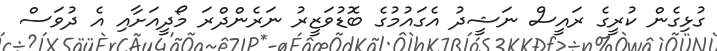
ގުޅިގެން ކުރީގެ ރައީސް ނަޝީދު އެގައުމުގެ ބޮޑުވަޒީރު ނަރެންދްރަ މޯދީއަށާއި އެ ދުވަސް